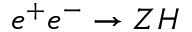
e ^ { + } e ^ { - } \rightarrow Z H